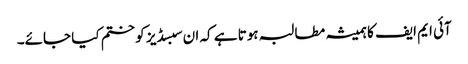
آئی ایم ایف کا ہمیشہ مطالبہ ہوتا ہے کہ ان سبسڈیز کو ختم کیا جائے۔